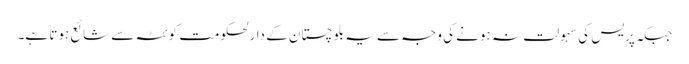
جبکہ پریس کی سہولت نہ ہونے کی وجہ سے یہ بلوچستان کے دارلحکومت کوئٹہ سے شائع ہوتا ہے۔